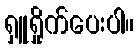
ရှူရှိုက်ပေးပါ။